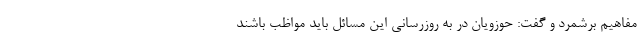
مفاهیم برشمرد و گفت: حوزویان در به روزرسانی این مسائل باید مواظب باشند